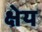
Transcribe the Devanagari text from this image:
क्षेय